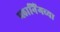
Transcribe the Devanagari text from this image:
प्लानिंगच्या